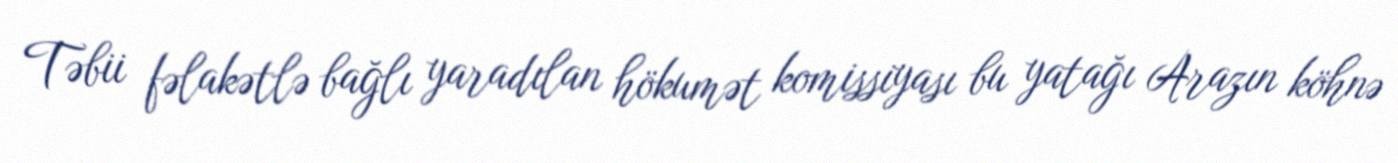
Təbii fəlakətlə bağlı yaradılan hökumət komissiyası bu yatağı Arazın köhnə